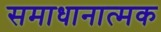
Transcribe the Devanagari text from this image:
समाधानात्मक